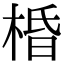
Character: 棔